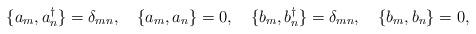
LaTeX: \begin{align*} \{ a_m, a_n^\dagger \} = \delta_{mn}, \quad \{ a_m, a_n \} = 0, \quad \{ b_m, b_n^\dagger \} = \delta_{mn}, \quad \{ b_m, b_n \} = 0,\end{align*}